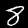
Digit: 8